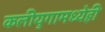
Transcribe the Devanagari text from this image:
कलीयुगामध्येही